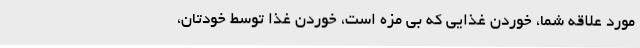
مورد علاقه شما، خوردن غذایی که بی مزه است، خوردن غذا توسط خودتان،